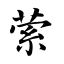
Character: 萦